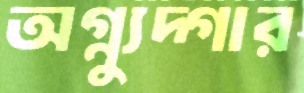
অগ্ন্যুদ্গার